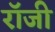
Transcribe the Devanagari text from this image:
राॅजी